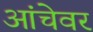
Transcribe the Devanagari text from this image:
आंचेवर